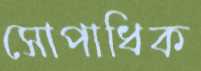
সোপাধিক